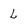
Character: L